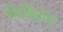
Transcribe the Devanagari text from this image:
निश्चियन